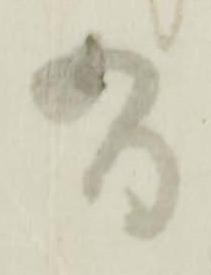
有